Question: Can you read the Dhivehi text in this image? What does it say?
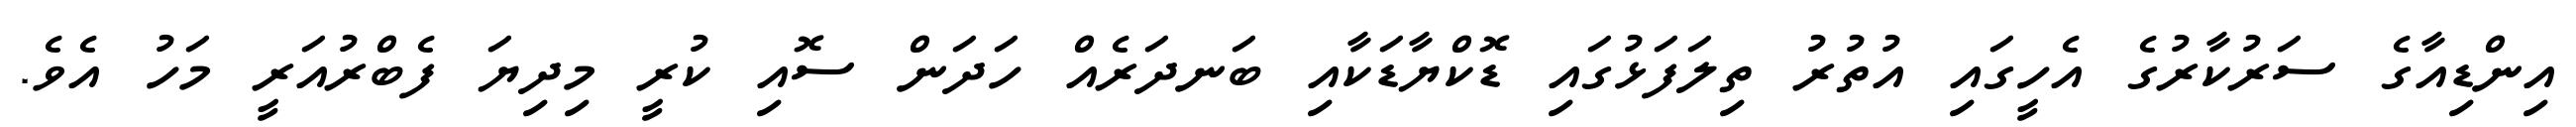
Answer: އިންޑިއާގެ ސަރުކާރުގެ އެހީގައި އުތުރު ތިލަފަޅުގައި ޑޮކްޔާޑަކާއި ބަނދަރެއް ހަދަން ސޮއި ކުރީ މިދިޔަ ފެބްރުއަރީ މަހު އެވެ.